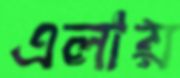
এলায়